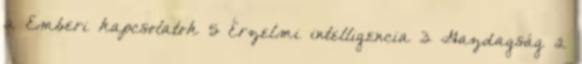
2 Emberi kapcsolatok 5 Érzelmi intelligencia 3 Gazdagság 2